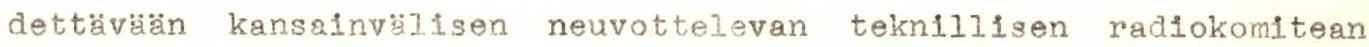
dettävään kansainvälisen neuvottelevan teknillisen radiokomitean